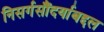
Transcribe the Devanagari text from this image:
निसर्गसौंदर्याबद्दल